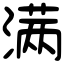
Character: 满